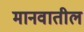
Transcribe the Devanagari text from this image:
मानवातील